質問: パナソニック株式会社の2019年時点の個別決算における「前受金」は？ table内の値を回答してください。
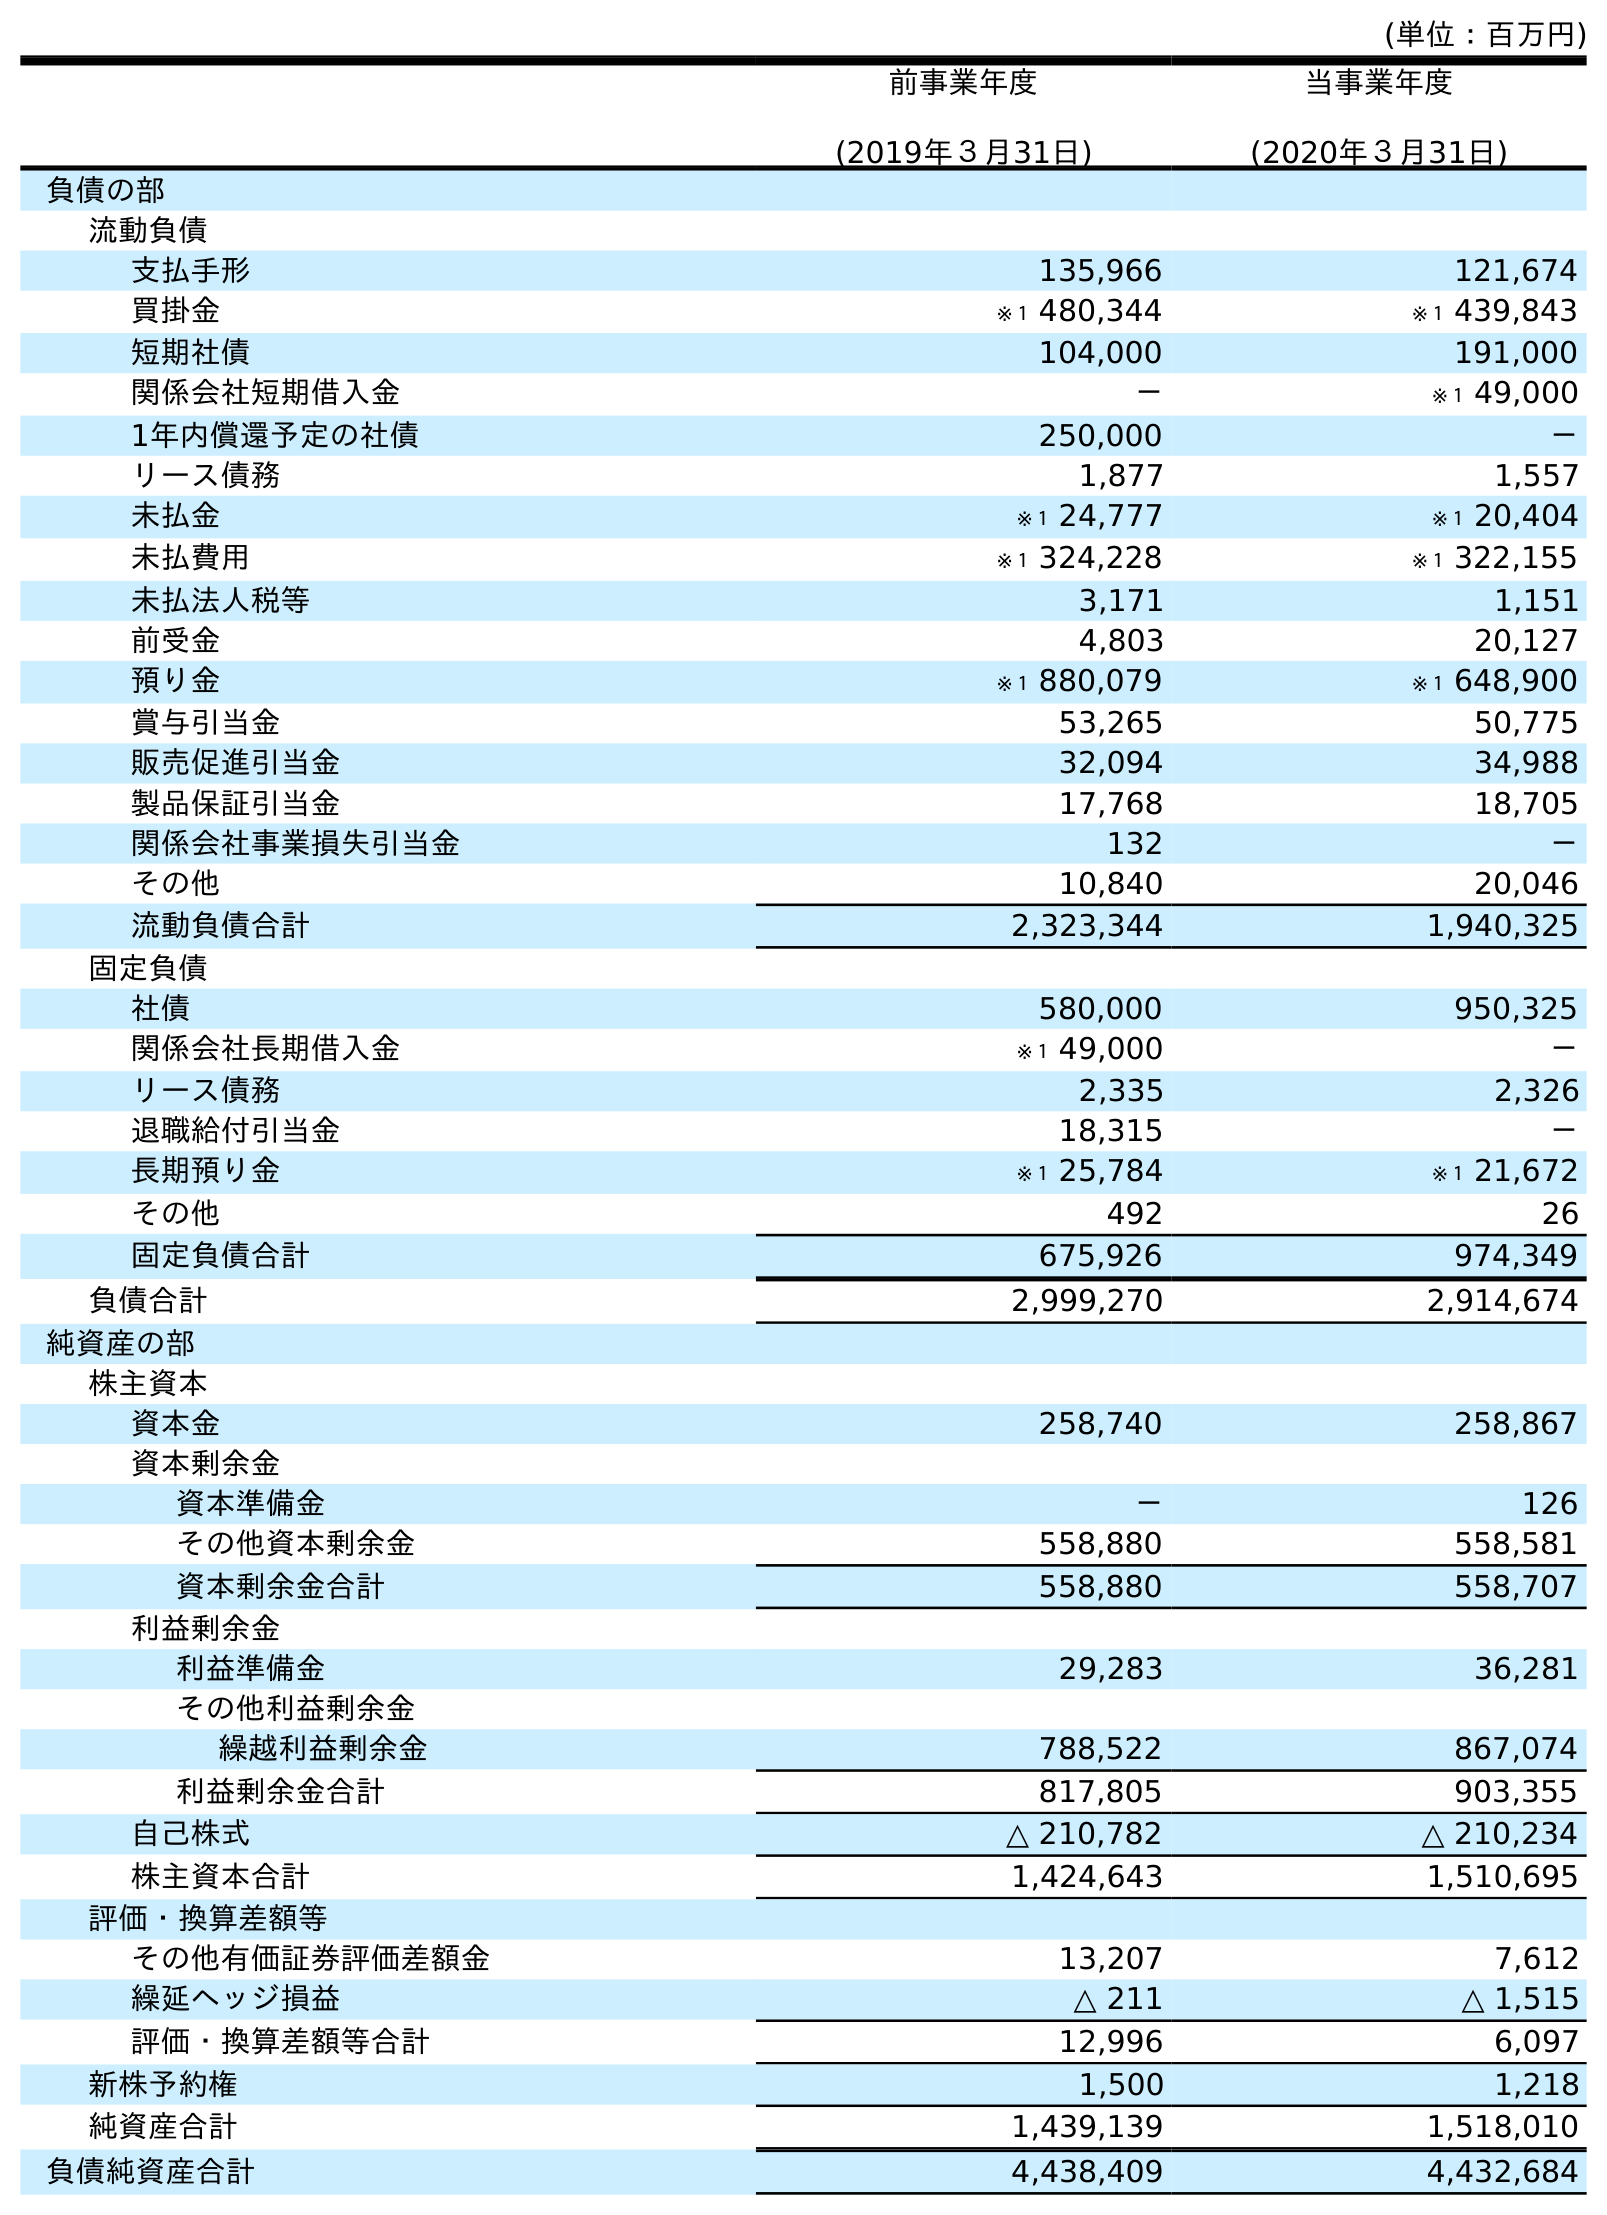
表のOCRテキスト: (単位：百万円) 前事業年度 (2019年３月31日) 当事業年度 (2020年３月31日) 負債の部 流動負債 支払手形 135,966 121,674 買掛金 ※１ 480,344 ※１ 439,843 短期社債 104,000 191,000 関係会社短期借入金 － ※１ 49,000 1年内償還予定の社債 250,000 － リース債務 1,877 1,557 未払金 ※１ 24,777 ※１ 20,404 未払費用 ※１ 324,228 ※１ 322,155 未払法人税等 3,171 1,151 前受金 4,803 20,127 預り金 ※１ 880,079 ※１ 648,900 賞与引当金 53,265 50,775 販売促進引当金 32,094 34,988 製品保証引当金 17,768 18,705 関係会社事業損失引当金 132 － その他 10,840 20,046 流動負債合計 2,323,344 1,940,325 固定負債 社債 580,000 950,325 関係会社長期借入金 ※１ 49,000 － リース債務 2,335 2,326 退職給付引当金 18,315 － 長期預り金 ※１ 25,784 ※１ 21,672 その他 492 26 固定負債合計 675,926 974,349 負債合計 2,999,270 2,914,674 純資産の部 株主資本 資本金 258,740 258,867 資本剰余金 資本準備金 － 126 その他資本剰余金 558,880 558,581 資本剰余金合計 558,880 558,707 利益剰余金 利益準備金 29,283 36,281 その他利益剰余金 繰越利益剰余金 788,522 867,074 利益剰余金合計 817,805 903,355 自己株式 △ 210,782 △ 210,234 株主資本合計 1,424,643 1,510,695 評価・換算差額等 その他有価証券評価差額金 13,207 7,612 繰延ヘッジ損益 △ 211 △ 1,515 評価・換算差額等合計 12,996 6,097 新株予約権 1,500 1,218 純資産合計 1,439,139 1,518,010 負債純資産合計 4,438,409 4,432,684
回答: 4,803